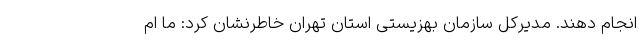
انجام دهند. مدیرکل سازمان بهزیستی استان تهران خاطرنشان کرد: ما ام